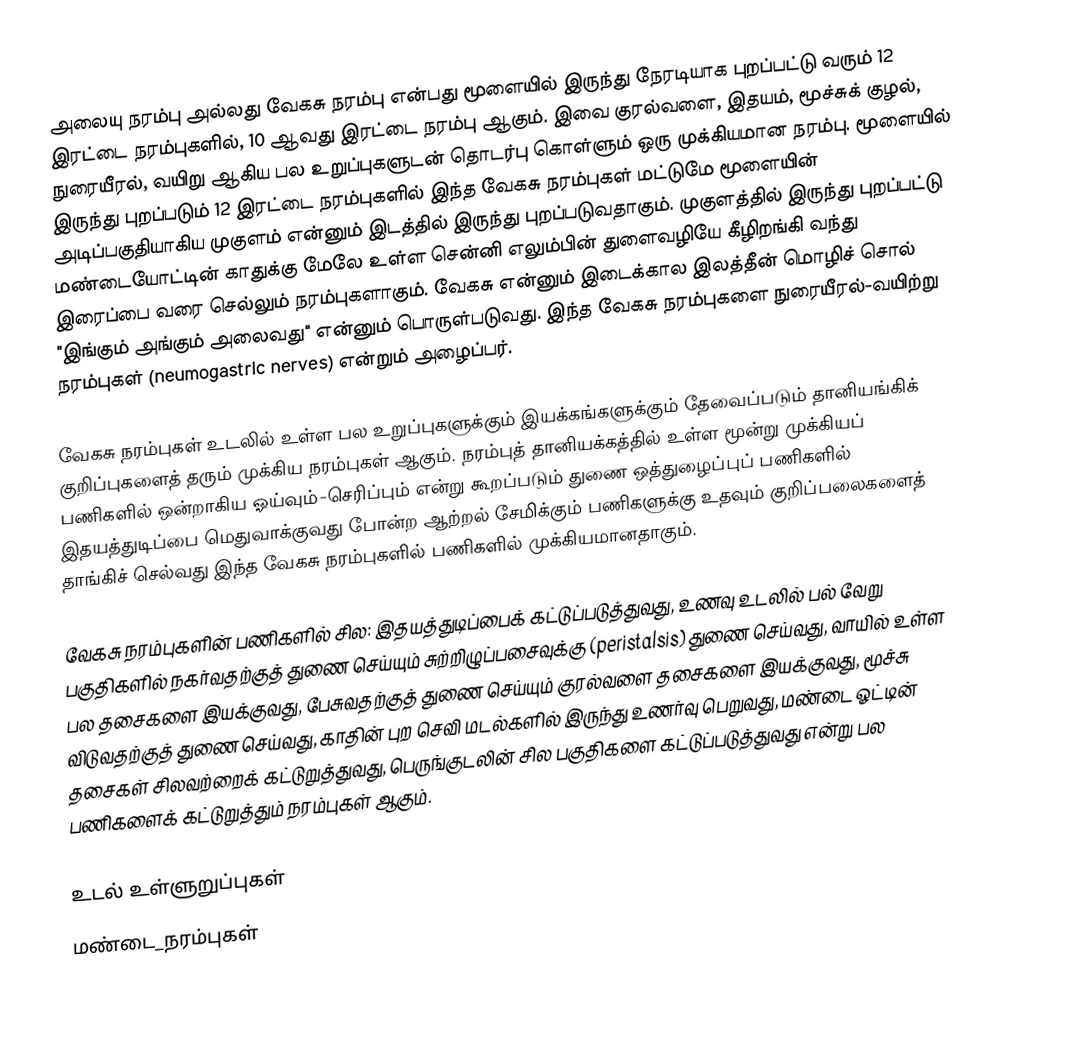
அலையு நரம்பு  அல்லது வேகசு நரம்பு என்பது மூளையில் இருந்து நேரடியாக புறப்பட்டு வரும் 12 இரட்டை நரம்புகளில், 10 ஆவது இரட்டை நரம்பு ஆகும். இவை குரல்வளை, இதயம், மூச்சுக் குழல், நுரையீரல், வயிறு ஆகிய பல உறுப்புகளுடன் தொடர்பு கொள்ளும் ஒரு முக்கியமான நரம்பு. மூளையில் இருந்து புறப்படும் 12 இரட்டை நரம்புகளில் இந்த வேகசு நரம்புகள் மட்டுமே மூளையின் அடிப்பகுதியாகிய முகுளம் என்னும் இடத்தில் இருந்து புறப்படுவதாகும். முகுளத்தில் இருந்து புறப்பட்டு மண்டையோட்டின் காதுக்கு மேலே உள்ள சென்னி எலும்பின் துளைவழியே கீழிறங்கி வந்து இரைப்பை வரை செல்லும் நரம்புகளாகும். வேகசு என்னும் இடைக்கால இலத்தீன் மொழிச் சொல் "இங்கும் அங்கும் அலைவது" என்னும் பொருள்படுவது. இந்த வேகசு நரம்புகளை நுரையீரல்-வயிற்று நரம்புகள் (neumogastric nerves) என்றும் அழைப்பர்.

வேகசு நரம்புகள் உடலில் உள்ள பல உறுப்புகளுக்கும் இயக்கங்களுக்கும் தேவைப்படும் தானியங்கிக் குறிப்புகளைத் தரும் முக்கிய நரம்புகள் ஆகும். நரம்புத் தானியக்கத்தில் உள்ள மூன்று முக்கியப் பணிகளில் ஒன்றாகிய ஓய்வும்-செரிப்பும் என்று கூறப்படும் துணை ஒத்துழைப்புப் பணிகளில் இதயத்துடிப்பை மெதுவாக்குவது போன்ற ஆற்றல் சேமிக்கும் பணிகளுக்கு உதவும் குறிப்பலைகளைத் தாங்கிச் செல்வது இந்த வேகசு நரம்புகளில் பணிகளில் முக்கியமானதாகும்.

வேகசு நரம்புகளின் பணிகளில் சில: இதயத்துடிப்பைக் கட்டுப்படுத்துவது, உணவு உடலில் பல் வேறு பகுதிகளில் நகர்வதற்குத் துணை செய்யும் சுற்றிழுப்பசைவுக்கு (peristalsis) துணை செய்வது, வாயில் உள்ள பல தசைகளை இயக்குவது, பேசுவதற்குத் துணை செய்யும் குரல்வளை தசைகளை இயக்குவது, மூச்சு விடுவதற்குத் துணை செய்வது, காதின் புற செவி மடல்களில் இருந்து உணர்வு பெறுவது, மண்டை ஓட்டின் தசைகள் சிலவற்றைக் கட்டுறுத்துவது, பெருங்குடலின் சில பகுதிகளை கட்டுப்படுத்துவது என்று பல பணிகளைக் கட்டுறுத்தும் நரம்புகள் ஆகும்.

உடல் உள்ளுறுப்புகள்
மண்டை_நரம்புகள்